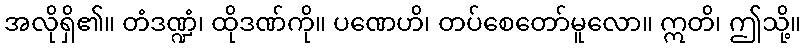
အလိုရှိ၏။ တံဒဏ္ဍံ၊ ထိုဒဏ်ကို။ ပဏေဟိ၊ တပ်စေတော်မူလော။ ဣတိ၊ ဤသို့။